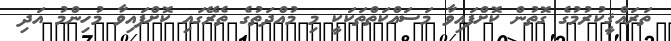
ތަރައްޤީކުރުމުގެ ގޮތުން ކޮށްފައިވާ މަސައްކަތްތަކަކީ މި މުއްދަތުގެ ތެރޭގައި ކޮށްފައިވާ މުހިންމު އަދި